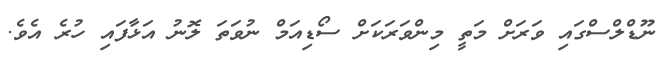
ނޫޑްލްސްގައި ވަރަށް މަތީ މިންވަރަކަށް ސޯޑިއަމް ނުވަތަ ލޮނު އަޅާފައި ހުރެ އެވެ.